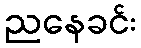
ညနေခင်း